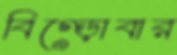
বিগ্‌ড়োবার